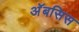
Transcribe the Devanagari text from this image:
अॅबसिस